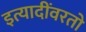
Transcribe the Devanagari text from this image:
इत्यादींवरतो